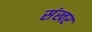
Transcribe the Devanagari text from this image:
संखर